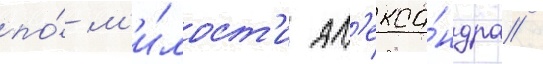
по́ м'и́лост'и ал'екса́ндра /